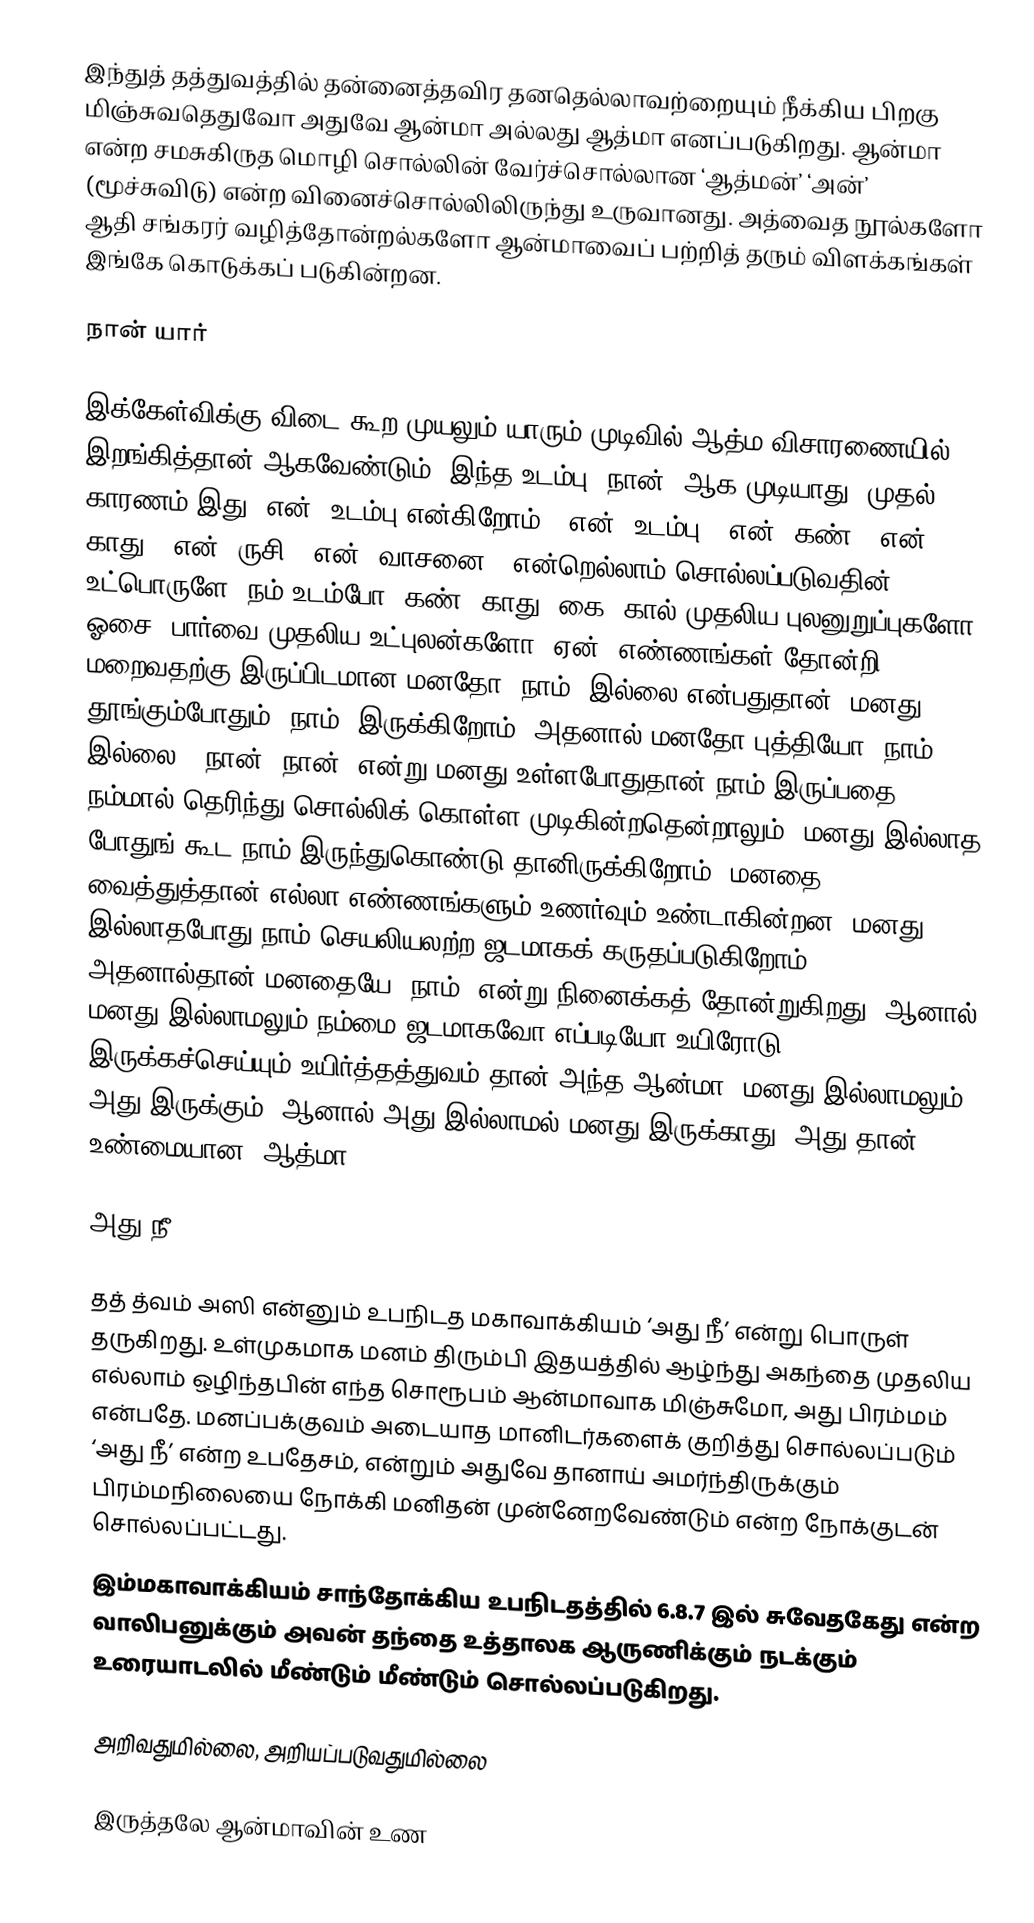
இந்துத் தத்துவத்தில் தன்னைத்தவிர தனதெல்லாவற்றையும் நீக்கிய பிறகு மிஞ்சுவதெதுவோ அதுவே ஆன்மா அல்லது ஆத்மா எனப்படுகிறது. ஆன்மா என்ற சமசுகிருத மொழி சொல்லின் வேர்ச்சொல்லான ‘ஆத்மன்’ ‘அன்’ (மூச்சுவிடு) என்ற வினைச்சொல்லிலிருந்து உருவானது. அத்வைத நூல்களோ ஆதி சங்கரர் வழித்தோன்றல்களோ ஆன்மாவைப் பற்றித் தரும் விளக்கங்கள் இங்கே கொடுக்கப் படுகின்றன.

நான் யார்

இக்கேள்விக்கு விடை கூற முயலும் யாரும் முடிவில் ஆத்ம விசாரணையில் இறங்கித்தான் ஆகவேண்டும். இந்த உடம்பு ‘நான்’ ஆக முடியாது. முதல் காரணம் இது ‘என்’ உடம்பு என்கிறோம். ‘என்’ உடம்பு, ‘என்’ கண், ‘என்’ காது, ‘என்’ ருசி, ‘என்’ வாசனை – என்றெல்லாம் சொல்லப்படுவதின் உட்பொருளே, நம் உடம்போ, கண், காது, கை, கால் முதலிய புலனுறுப்புகளோ, ஓசை, பார்வை முதலிய உட்புலன்களோ, ஏன், எண்ணங்கள் தோன்றி மறைவதற்கு இருப்பிடமான மனதோ ‘நாம்’ இல்லை என்பதுதான். மனது தூங்கும்போதும் ‘நாம்’ இருக்கிறோம். அதனால் மனதோ புத்தியோ ‘நாம்’ இல்லை. ‘நான், நான்’ என்று மனது உள்ளபோதுதான் நாம் இருப்பதை நம்மால் தெரிந்து சொல்லிக் கொள்ள முடிகின்றதென்றாலும், மனது இல்லாத போதுங் கூட நாம் இருந்துகொண்டு தானிருக்கிறோம். மனதை வைத்துத்தான் எல்லா எண்ணங்களும் உணர்வும் உண்டாகின்றன. மனது இல்லாதபோது நாம் செயலியலற்ற ஜடமாகக் கருதப்படுகிறோம். அதனால்தான் மனதையே ‘நாம்’ என்று நினைக்கத் தோன்றுகிறது. ஆனால் மனது இல்லாமலும் நம்மை ஜடமாகவோ எப்படியோ உயிரோடு இருக்கச்செய்யும் உயிர்த்தத்துவம் தான் அந்த ஆன்மா. மனது இல்லாமலும் அது இருக்கும். ஆனால் அது இல்லாமல் மனது இருக்காது. அது தான் உண்மையான ‘ஆத்மா'

அது நீ

தத் த்வம் அஸி என்னும் உபநிடத மகாவாக்கியம் ‘அது நீ’ என்று பொருள் தருகிறது. உள்முகமாக மனம் திரும்பி இதயத்தில் ஆழ்ந்து அகந்தை முதலிய எல்லாம் ஒழிந்தபின் எந்த சொரூபம் ஆன்மாவாக மிஞ்சுமோ, அது பிரம்மம் என்பதே. மனப்பக்குவம் அடையாத மானிடர்களைக் குறித்து சொல்லப்படும் ‘அது நீ’ என்ற உபதேசம், என்றும் அதுவே தானாய் அமர்ந்திருக்கும் பிரம்மநிலையை நோக்கி மனிதன் முன்னேறவேண்டும் என்ற நோக்குடன் சொல்லப்பட்டது.
இம்மகாவாக்கியம் சாந்தோக்கிய உபநிடதத்தில் 6.8.7 இல் சுவேதகேது என்ற வாலிபனுக்கும் அவன் தந்தை உத்தாலக ஆருணிக்கும் நடக்கும் உரையாடலில் மீண்டும் மீண்டும் சொல்லப்படுகிறது.

அறிவதுமில்லை, அறியப்படுவதுமில்லை

இருத்தலே ஆன்மாவின் உண